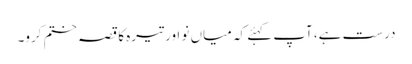
درست ہے، آپ کہئے کہ میاں نو اور تیرہ کا قصہ ختم کرو۔